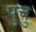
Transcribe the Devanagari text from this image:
पुत्तु